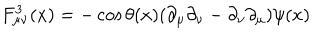
F _ { \mu \nu } ^ { 3 } ( x ) = - \cos \theta ( x ) ( \partial _ { \mu } \partial _ { \nu } - \partial _ { \nu } \partial _ { \mu } ) \psi ( x )